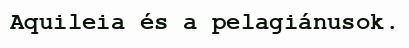
Aquileia és a pelagiánusok.